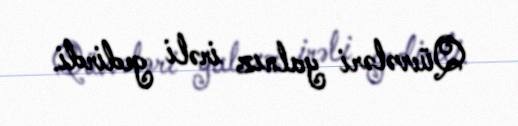
Qüvvələri yalnız irəli gedirdi.